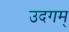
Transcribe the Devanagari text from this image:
उदगम्